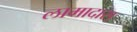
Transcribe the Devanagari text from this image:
लामादास